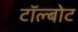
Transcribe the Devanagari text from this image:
टॉल्बोट